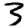
Digit: 3